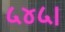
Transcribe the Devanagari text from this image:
५४५।